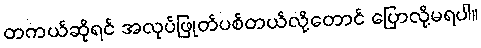
တကယ်ဆိုရင် အလုပ်ဖြုတ်ပစ်တယ်လို့တောင် ပြောလို့မရပါ။